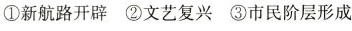
①新航路开辟②文艺复兴③市民阶层形成